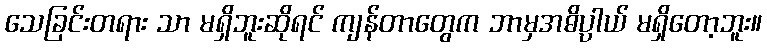
သေခြင်းတရား သာ မရှိဘူးဆိုရင် ကျန်တာတွေက ဘာမှအဓိပ္ပာယ် မရှိတော့ဘူး။